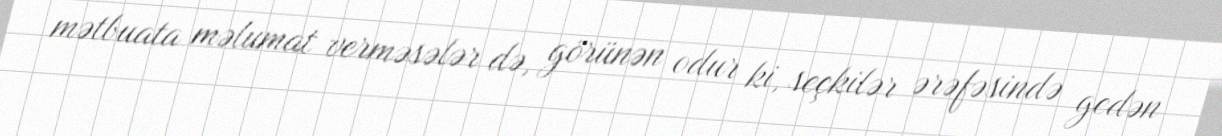
mətbuata məlumat verməsələr də, görünən odur ki, seçkilər ərəfəsində gedən